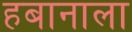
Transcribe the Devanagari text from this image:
हबानाला